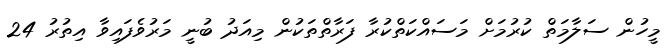
މީހުން ސަލާމަތް ކުރުމަށް މަސައްކަތްކުރާ ފަރާތްތަކުން މިއަދު ބުނީ މަރުވެފައިވާ އިތުރު 24